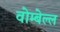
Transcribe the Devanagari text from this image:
वोम्बेल्ल